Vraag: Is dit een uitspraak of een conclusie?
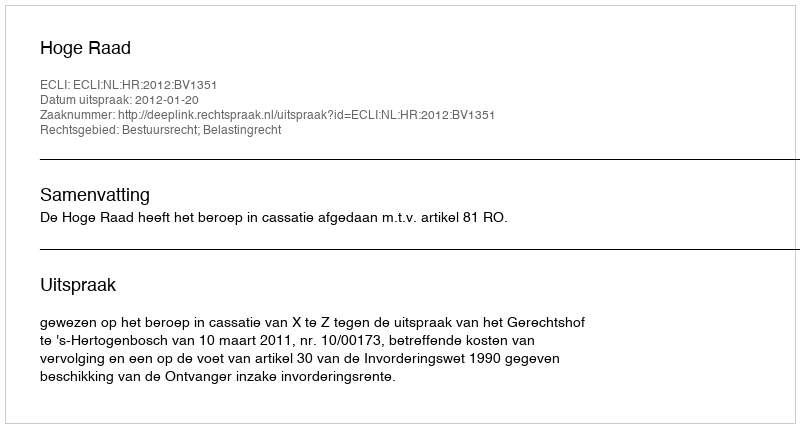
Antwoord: Uitspraak